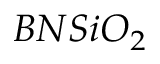
B N S i O _ { 2 }